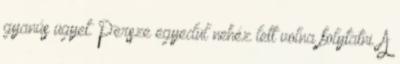
gyanús ügyet. Persze egyedül nehéz lett volna folytatni. A